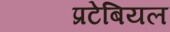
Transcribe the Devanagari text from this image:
प्रटेबियल